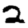
Digit: 2